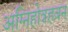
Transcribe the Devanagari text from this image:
अग्निहोत्रहवन